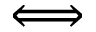
\Longleftrightarrow